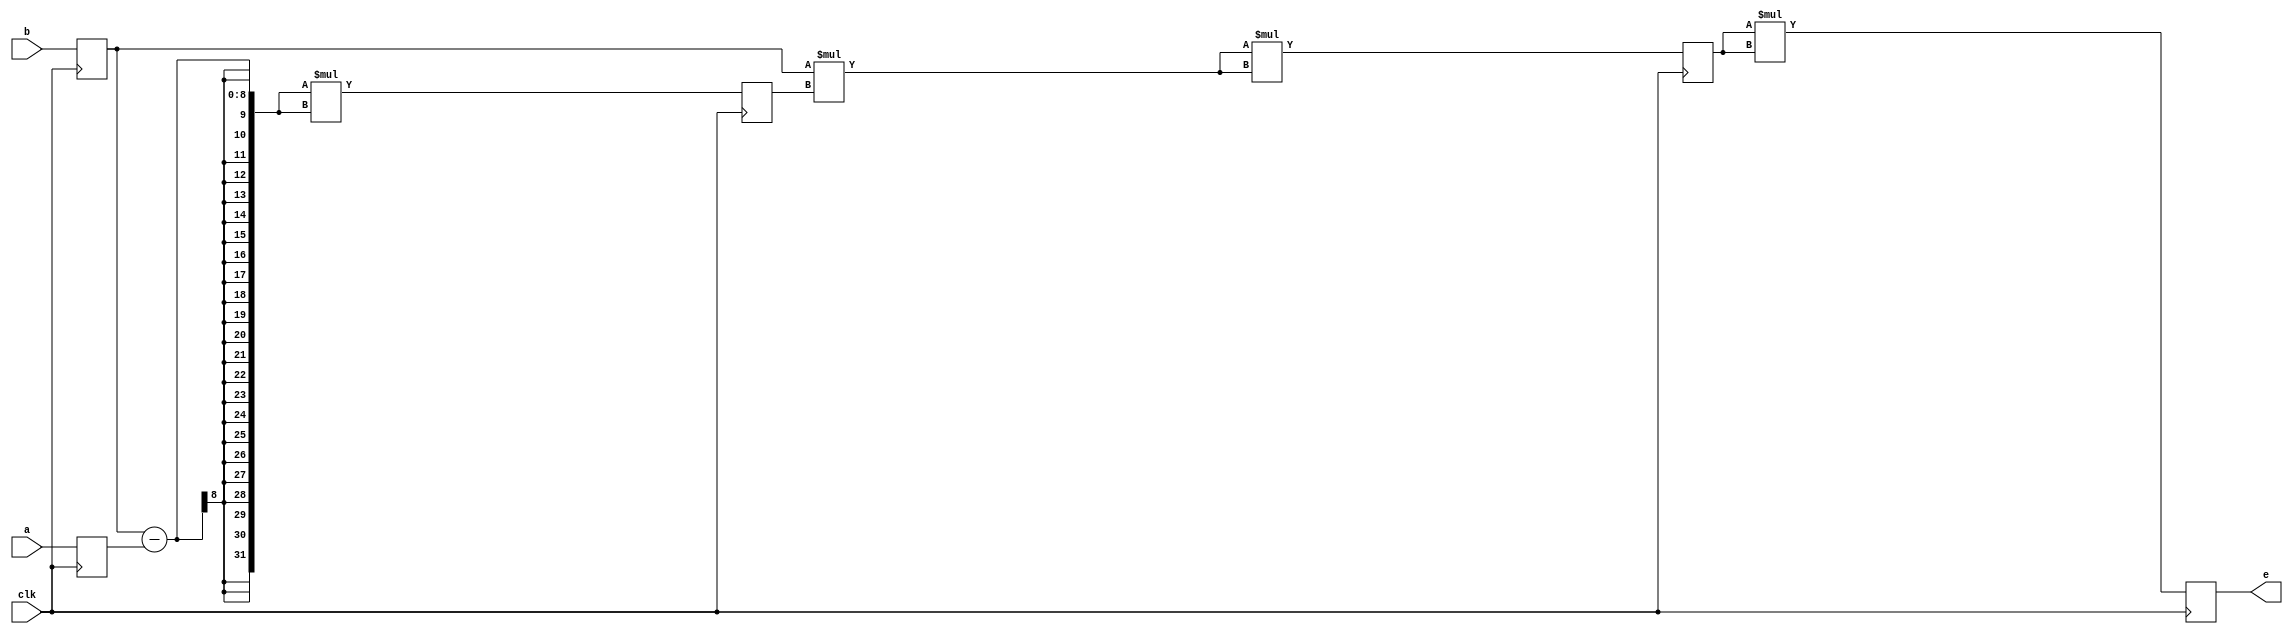
/*
   This file was generated automatically by Alchitry Labs version 1.2.7.
   Do not edit this file directly. Instead edit the original Lucid source.
   This is a temporary file and any changes made to it will be destroyed.
*/

module concept_2 (
    input clk,
    input [7:0] a,
    input [7:0] b,
    output reg [63:0] e
  );
  
  
  
  reg [7:0] M_a_reg_d, M_a_reg_q = 1'h0;
  reg [7:0] M_b_reg_d, M_b_reg_q = 1'h0;
  reg [63:0] M_e_reg_d, M_e_reg_q = 1'h0;
  reg [31:0] M_temp_a_d, M_temp_a_q = 1'h0;
  reg [31:0] M_temp_b_d, M_temp_b_q = 1'h0;
  
  always @* begin
    M_temp_a_d = M_temp_a_q;
    M_temp_b_d = M_temp_b_q;
    M_a_reg_d = M_a_reg_q;
    M_b_reg_d = M_b_reg_q;
    M_e_reg_d = M_e_reg_q;
    
    M_a_reg_d = a;
    M_b_reg_d = b;
    e = M_e_reg_q;
    M_temp_a_d = (M_b_reg_q - M_a_reg_q) * (M_b_reg_q - M_a_reg_q);
    M_temp_b_d = (M_b_reg_q * M_temp_a_q) * (M_b_reg_q * M_temp_a_q);
    M_e_reg_d = M_temp_b_q * M_temp_b_q;
  end
  
  always @(posedge clk) begin
    M_a_reg_q <= M_a_reg_d;
    M_b_reg_q <= M_b_reg_d;
    M_e_reg_q <= M_e_reg_d;
    M_temp_a_q <= M_temp_a_d;
    M_temp_b_q <= M_temp_b_d;
  end
  
endmodule